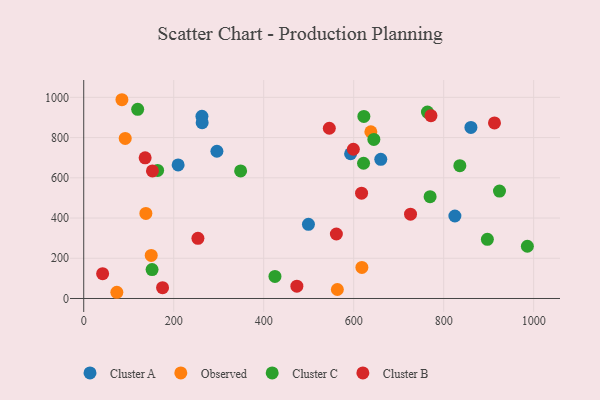
{"axis": {"x": "Experience", "y": "Exam Score"}, "legend": ["Cluster A", "Cluster B", "Cluster C", "Observed"], "data": [{"x": "593.1", "y": 719.5, "type": "Cluster A"}, {"x": "209.8", "y": 663.9, "type": "Cluster A"}, {"x": "860.5", "y": 850.6, "type": "Cluster A"}, {"x": "499.4", "y": 368.9, "type": "Cluster A"}, {"x": "824.9", "y": 410.0, "type": "Cluster A"}, {"x": "296.0", "y": 732.1, "type": "Cluster A"}, {"x": "262.7", "y": 906.0, "type": "Cluster A"}, {"x": "660.2", "y": 691.8, "type": "Cluster A"}, {"x": "263.2", "y": 874.2, "type": "Cluster A"}, {"x": "138.1", "y": 422.8, "type": "Observed"}, {"x": "618.2", "y": 154.5, "type": "Observed"}, {"x": "638.1", "y": 829.0, "type": "Observed"}, {"x": "73.6", "y": 30.9, "type": "Observed"}, {"x": "150.0", "y": 214.0, "type": "Observed"}, {"x": "563.7", "y": 44.6, "type": "Observed"}, {"x": "92.2", "y": 796.0, "type": "Observed"}, {"x": "84.9", "y": 988.2, "type": "Observed"}, {"x": "621.9", "y": 672.3, "type": "Cluster C"}, {"x": "622.6", "y": 905.3, "type": "Cluster C"}, {"x": "151.9", "y": 143.6, "type": "Cluster C"}, {"x": "348.7", "y": 634.3, "type": "Cluster C"}, {"x": "835.9", "y": 660.2, "type": "Cluster C"}, {"x": "986.0", "y": 259.7, "type": "Cluster C"}, {"x": "164.2", "y": 636.9, "type": "Cluster C"}, {"x": "425.0", "y": 109.6, "type": "Cluster C"}, {"x": "644.8", "y": 790.6, "type": "Cluster C"}, {"x": "924.0", "y": 533.8, "type": "Cluster C"}, {"x": "763.9", "y": 926.9, "type": "Cluster C"}, {"x": "119.9", "y": 940.6, "type": "Cluster C"}, {"x": "769.8", "y": 506.0, "type": "Cluster C"}, {"x": "897.1", "y": 294.2, "type": "Cluster C"}, {"x": "912.9", "y": 873.0, "type": "Cluster B"}, {"x": "545.8", "y": 846.3, "type": "Cluster B"}, {"x": "771.7", "y": 908.7, "type": "Cluster B"}, {"x": "175.2", "y": 53.9, "type": "Cluster B"}, {"x": "599.2", "y": 741.9, "type": "Cluster B"}, {"x": "42.0", "y": 123.3, "type": "Cluster B"}, {"x": "561.5", "y": 320.7, "type": "Cluster B"}, {"x": "136.5", "y": 699.1, "type": "Cluster B"}, {"x": "152.7", "y": 634.2, "type": "Cluster B"}, {"x": "253.8", "y": 299.0, "type": "Cluster B"}, {"x": "726.3", "y": 419.4, "type": "Cluster B"}, {"x": "473.7", "y": 61.2, "type": "Cluster B"}, {"x": "617.5", "y": 523.6, "type": "Cluster B"}]}